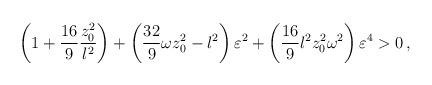
LaTeX: \begin{align*}\left(1+{{16}\over 9} {{z_0 ^2}\over l^2} \right) + \left( {{32}\over9} \omega z_0 ^2 -l^2 \right) \varepsilon^2 + \left( {{16}\over 9} l^2z_0 ^2 \omega ^2 \right) \varepsilon^4 >0 \, ,\end{align*}